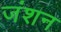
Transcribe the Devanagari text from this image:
जंशन